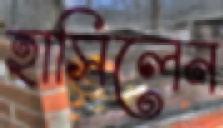
হাসিলেন